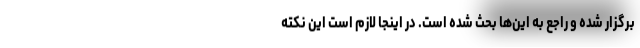
برگزار شده و راجع به این‌ها بحث شده است. در اینجا لازم است این نکته